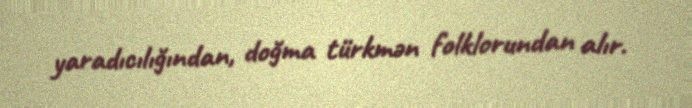
yaradıcılığından, doğma türkmən folklorundan alır.